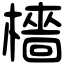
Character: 檣